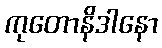
ကုတောနိဒါနော